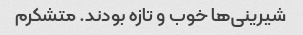
شیرینی‌ها خوب و تازه بودند. متشکرم